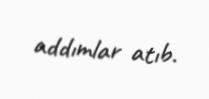
addımlar atıb.